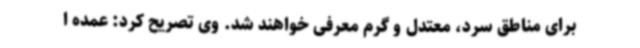
برای مناطق سرد، معتدل و گرم معرفی خواهند شد. وی تصریح کرد: عمده ا